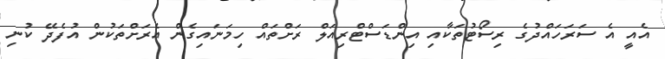
އެއީ އެ ސަރަހައްދުގެ ރިސޯޓުތަކާއި އިންޑަސްޓްރިއަލް ރަށްތައް ހިމަނައިގެން އެރަށްތަކުން އުފެދޭ ކުނި